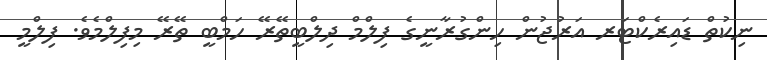
ނިކުތް ޑައިރެކްޓަރ އަރުޖުން ހިންގުރާނީގެ ފިލްމް ދިލްބީތޭރޭ ހަމްބީ ތޭރޭ މިފިލްމެވެ. ފިލްމީ